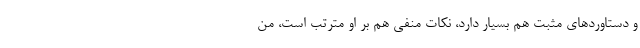
و دستاوردهای مثبت هم بسیار دارد، نکات منفی هم بر او مترتب است، من